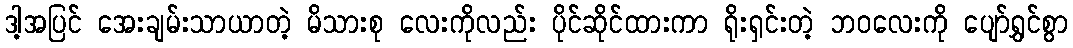
ဒါ့အပြင် အေးချမ်းသာယာတဲ့ မိသားစု လေးကိုလည်း ပိုင်ဆိုင်ထားကာ ရိုးရှင်းတဲ့ ဘဝလေးကို ပျော်ရွှင်စွာ